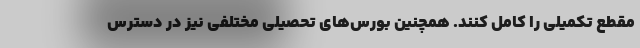
مقطع تکمیلی را کامل کنند. همچنین بورس‌های تحصیلی مختلفی نیز در دسترس